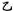
乙